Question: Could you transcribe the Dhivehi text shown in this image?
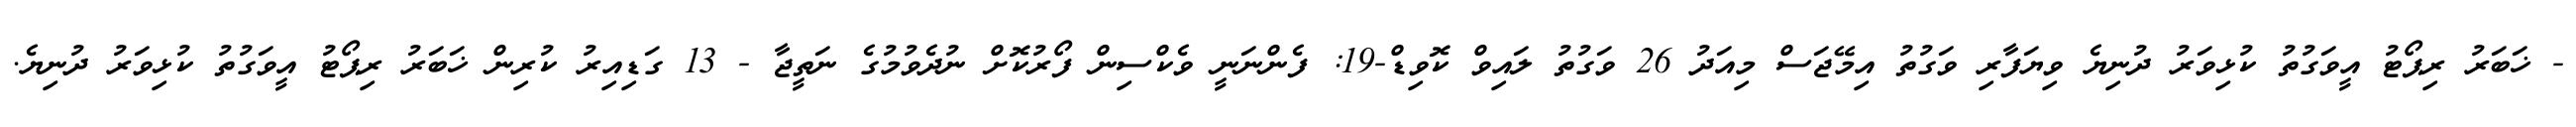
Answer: - ޚަބަރު ރިޕޯޓު އީވަގުތު ކުޅިވަރު ދުނިޔެ ވިޔަފާރި ވަގުތު އިމޭޖަސް މިއަދު 26 ވަގުތު ލައިވް ކޮވިޑް-19: ފެންނަނީ ވެކްސިން ފޯރުކޮށް ނުދެވުމުގެ ނަތީޖާ - 13 ގަޑިއިރު ކުރިން ޚަބަރު ރިޕޯޓު އީވަގުތު ކުޅިވަރު ދުނިޔެ.